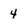
Character: 4